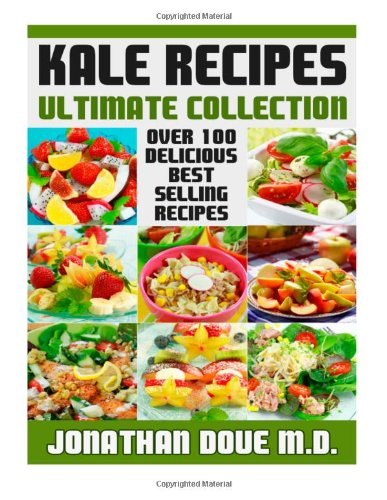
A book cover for Kale Recipes: The Ultimate Collection - Over 100 Recipes; Jonathan Doue  M.D.; Cookbooks, Food & Wine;